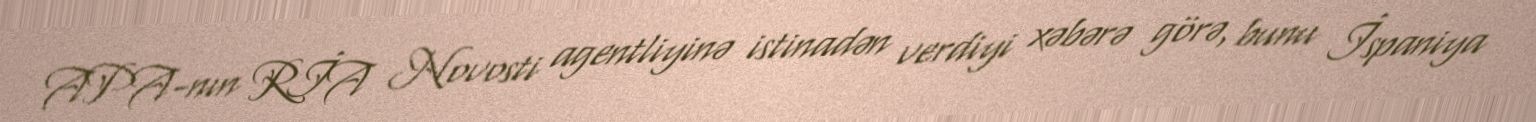
APA-nın RİA Novosti agentliyinə istinadən verdiyi xəbərə görə, bunu İspaniya